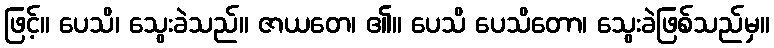
ဖြင့်။ ပေသိ၊ သွေးခဲသည်။ ဇာယတေ၊ ၏။ ပေသိ ပေသိတော၊ သွေးခဲဖြစ်သည်မှ။